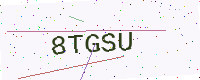
Text: 8TGSU